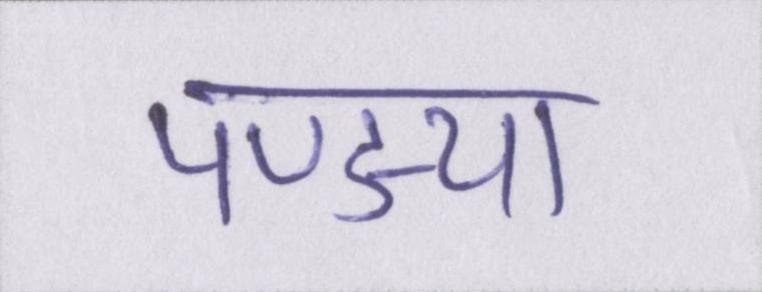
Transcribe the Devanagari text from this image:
पण्ड्या